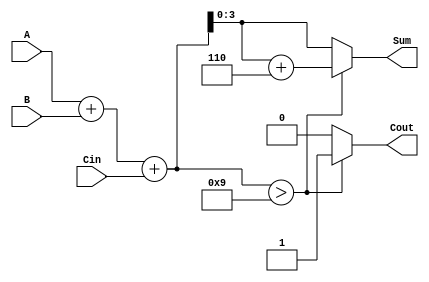
module BCD_Parallel_Adder (
    input  wire [3:0] A,      // 4-bit BCD input A
    input  wire [3:0] B,      // 4-bit BCD input B
    input  wire Cin,          // Carry input
    output reg  [3:0] Sum,    // 4-bit BCD output Sum
    output reg  Cout          // Carry output
);

    wire [4:0] RawSum;        // 5-bit to accommodate potential carry
    wire Correction;          // Signal to indicate correction needed

    // Calculate the raw sum
    assign RawSum = A + B + Cin;

    // Determine if correction is needed
    assign Correction = (RawSum > 4'd9);

    always @(*) begin
        if (Correction) begin
            Sum = RawSum + 4'd6;  // Apply correction if necessary
            Cout = 1'b1;          // Set carry out to 1
        end else begin
            Sum = RawSum[3:0];    // No correction needed
            Cout = 1'b0;          // No carry out
        end
    end

endmodule